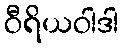
ဝီရိယဝါဒါ